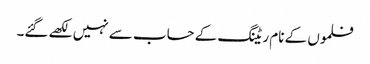
فلموں کے نام ریٹنگ کے حساب سے نہیں لکھے گئے۔